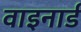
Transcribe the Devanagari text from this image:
वाइनार्ड